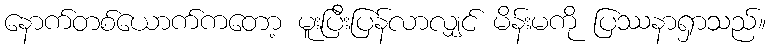
နောက်တစ်ယောက်ကတော့ မူးပြီးပြန်လာလျှင် မိန်းမကို ပြဿနာရှာသည်။